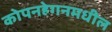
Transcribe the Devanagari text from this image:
कोपनहेगनमधील